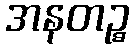
အနတဉ္စ